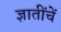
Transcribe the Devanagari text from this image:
ज्ञातींचें